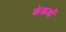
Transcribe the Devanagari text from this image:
केकडों